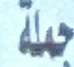
جملة